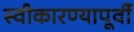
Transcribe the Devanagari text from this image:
स्वीकारण्यापूर्वी